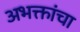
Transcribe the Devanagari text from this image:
अभक्तांचा